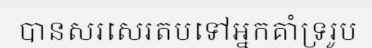
បានសរសេរតបទៅអ្នកគាំទ្ររូប